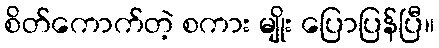
စိတ်ကောက်တဲ့ စကား မျိုး ပြောပြန်ပြီ။